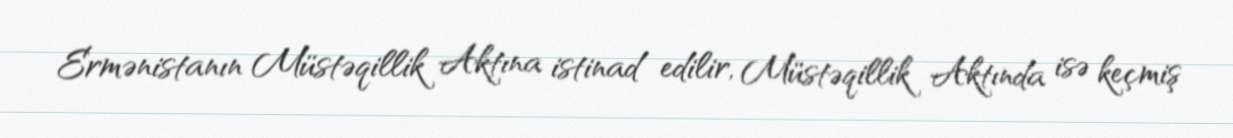
Ermənistanın Müstəqillik Aktına istinad edilir, Müstəqillik Aktında isə keçmiş